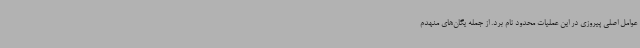
عوامل اصلی پیروزی در این عملیات محدود نام برد. از جمله یگان‌های منهدم